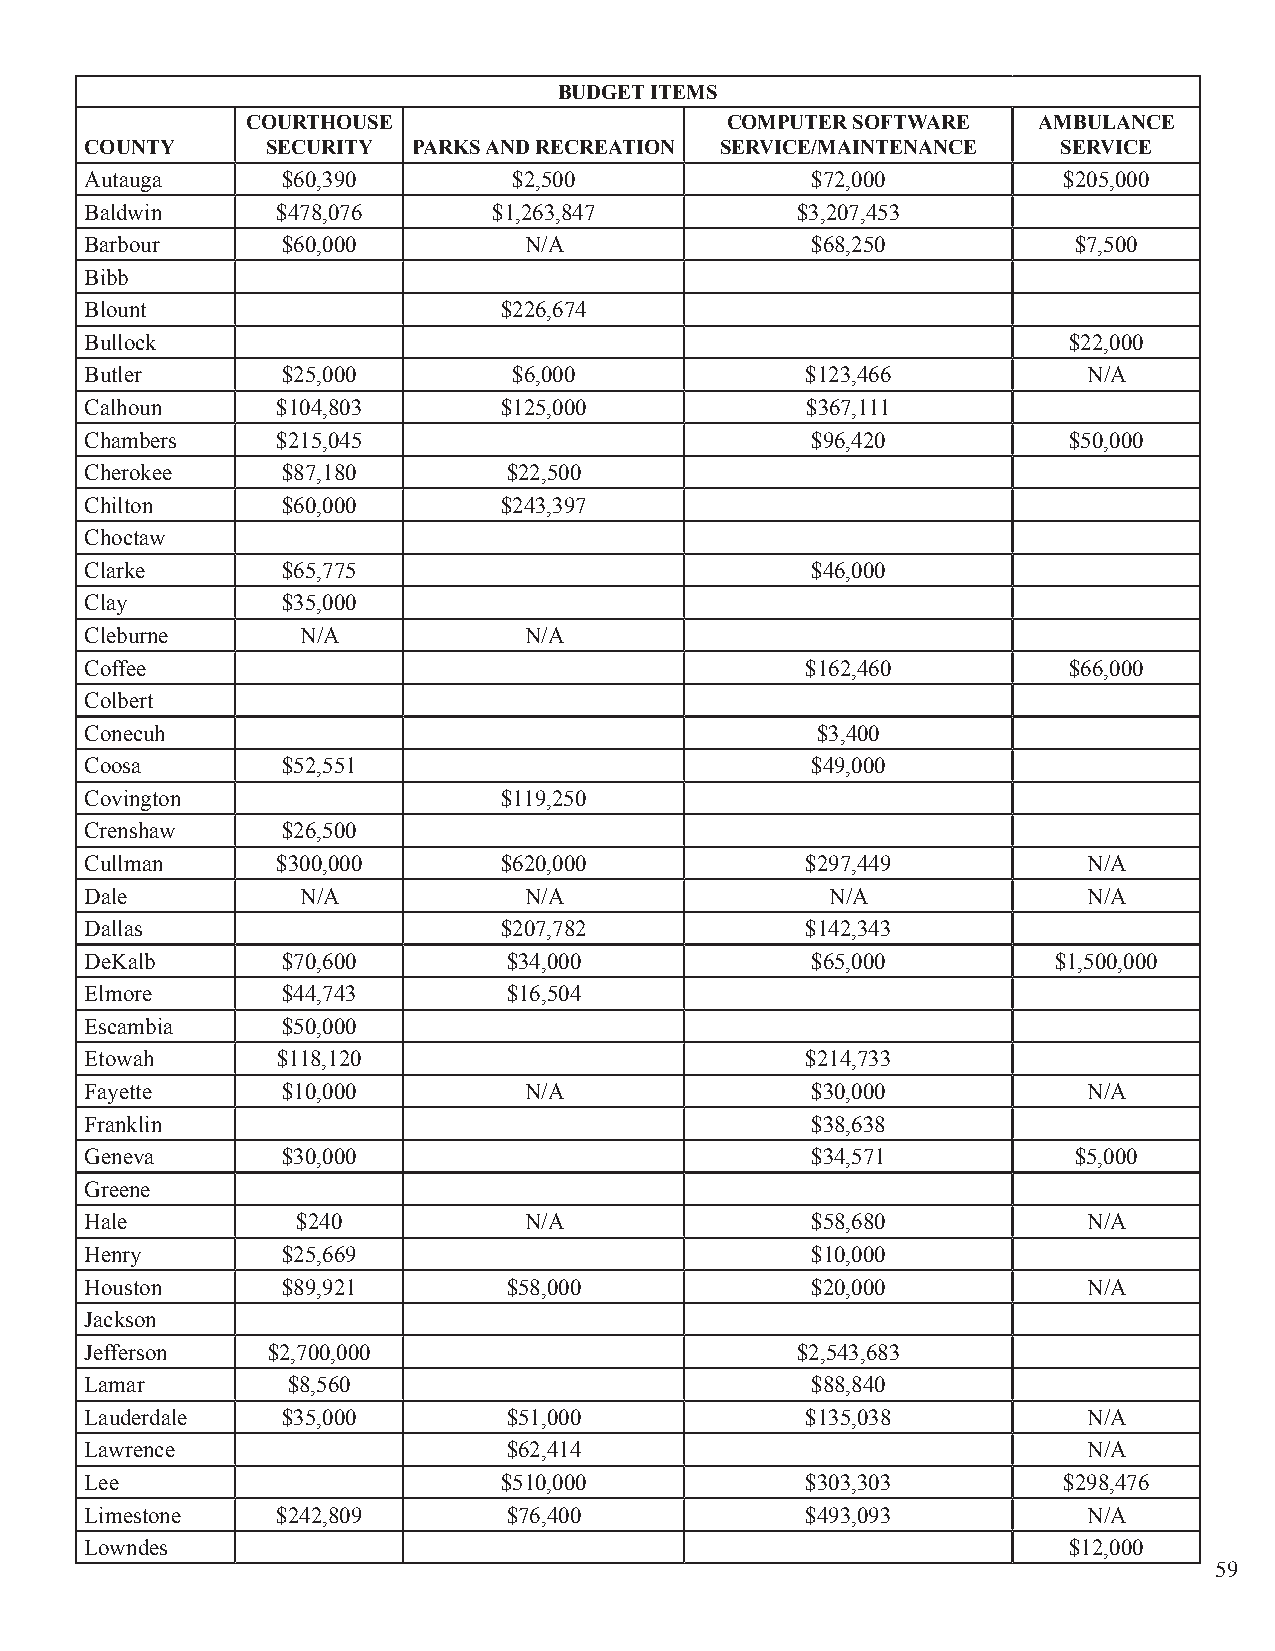
BUDGET ITEMS
 COURTHOUSE                      COMPUTER SOFTWARE    AMBULANCE
 COUNTY      SECURITY PARKS AND RECREATION SERVICE/MAINTENANCE   SERVICE
 Autauga      $60,390        $2,500              $72,000         $205,000
 Baldwin     $478,076       $1,263,847          $3,207,453
 Barbour      $60,000         N/A                $68,250          $7,500
 Bibb
 Blount                     $226,674
 Bullock                                                          $22,000
 Butler       $25,000        $6,000             $123,466           N/A
 Calhoun     $104,803       $125,000            $367,111
 Chambers    $215,045                            $96,420          $50,000
 Cherokee     $87,180        $22,500
 Chilton      $60,000       $243,397
 Choctaw
 Clarke       $65,775                            $46,000
 Clay         $35,000
 Cleburne      N/A            N/A
 Coffee                                         $162,460          $66,000
 Colbert
 Conecuh                                         $3,400
 Coosa        $52,551                            $49,000
 Covington                  $119,250
 Crenshaw     $26,500
 Cullman     $300,000       $620,000            $297,449           N/A
 Dale          N/A            N/A                 N/A              N/A
 Dallas                     $207,782            $142,343
 DeKalb       $70,600        $34,000             $65,000         $1,500,000
 Elmore       $44,743        $16,504
 Escambia     $50,000
 Etowah      $118,120                           $214,733
 Fayette      $10,000         N/A                $30,000           N/A
 Franklin                                        $38,638
 Geneva       $30,000                            $34,571          $5,000
 Greene
 Hale          $240           N/A                $58,680           N/A
 Henry        $25,669                            $10,000
 Houston      $89,921        $58,000             $20,000           N/A
 Jackson
 Jefferson   $2,700,000                         $2,543,683
 Lamar        $8,560                             $88,840
 Lauderdale   $35,000        $51,000            $135,038           N/A
 Lawrence                    $62,414                               N/A
 Lee                        $510,000            $303,303         $298,476
 Limestone   $242,809        $76,400            $493,093           N/A
 Lowndes                                                          $12,000
 59